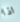
اذا